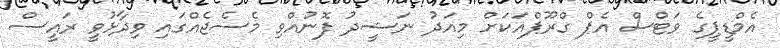
އެމްޑީޕީގެ ވަޓްސް އެޕް ގްރޫޕްއަކަށް މިއަދު ނަޝީދު ފޮނުއްވި މެސެޖެއްގައި ވިދާޅުވީ ރައީސް